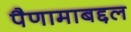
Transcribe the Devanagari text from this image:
पैणामाबद्दल